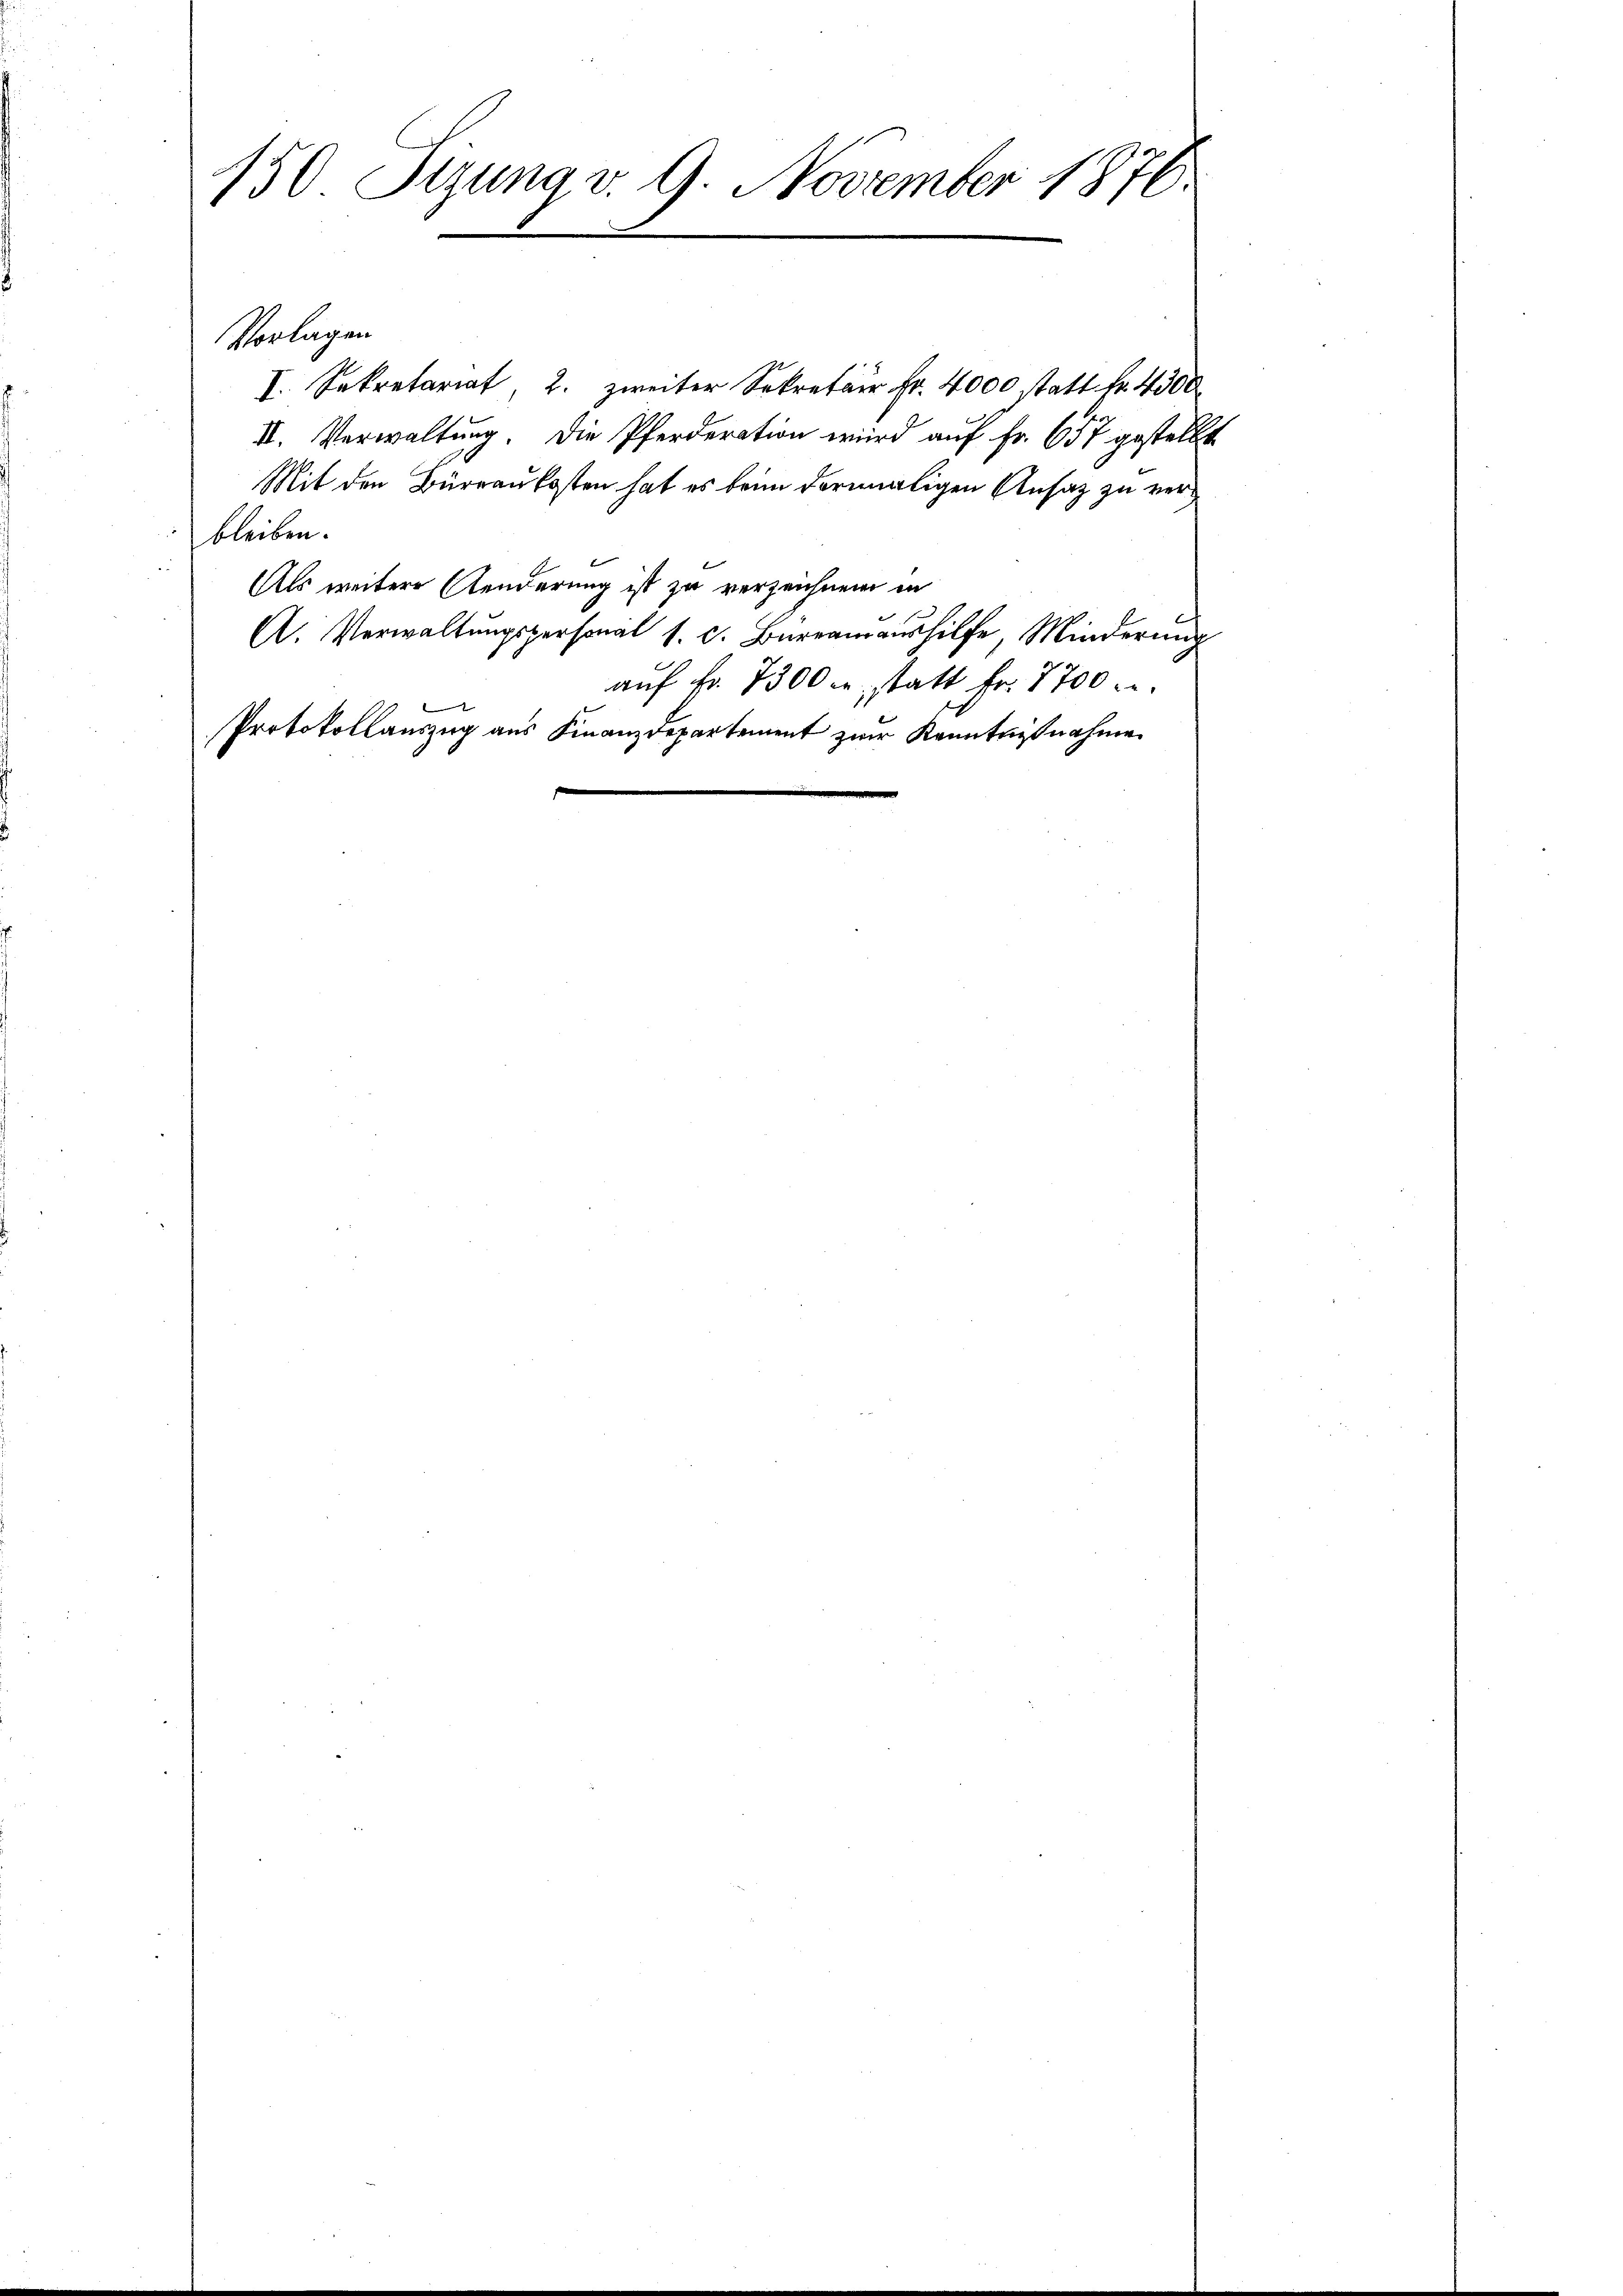
150. Sizung v. 9. November 1876.

Vorlagen
I. Sekretariat, 2. zweiter Sekretair Fr. 4000 statt Fr. 4300
II. Verwaltung. Die Pferderation wird auf Fr. 657 gestellt.
Mit den Bürraukosten hat es beim dormaligen Ansatz zu verbleiben.
Als weitere Aenderung ist zu verzeichnen in
A. Verwaltungspersonal 1. c. Bureauaushilfe, Minderung
auf fr. 7300 u. statt Fr. 7700 u.
Protokollauszug aus Finanzdepartement zwar Kenntnißnahme
s